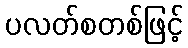
ပလတ်စတစ်ဖြင့်